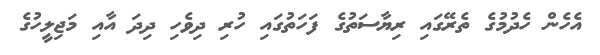
އެހެން ހެދުމުގެ ތެރޭގައި ރިޔާސަތުގެ ފަހަތުގައި ހުރި ދިވެހި ދިދަ އާއި މަޖިލީހުގެ